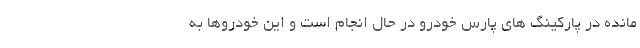
مانده در‌ پارکینگ های پارس خودرو در حال انجام است و این خودروها به